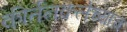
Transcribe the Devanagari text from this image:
कीर्तनकलेच्याच